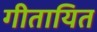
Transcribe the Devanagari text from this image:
गीतायित